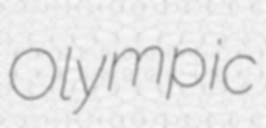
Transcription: Olympic